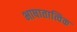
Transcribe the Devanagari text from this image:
भाषातात्विक